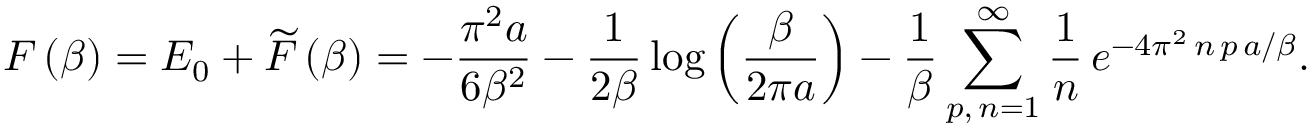
F \left( \beta \right) = E _ { 0 } + \widetilde { F } \left( \beta \right) = - \frac { \pi ^ { 2 } a } { 6 \beta ^ { 2 } } - \frac { 1 } { 2 \beta } \log \left( \frac { \beta } { 2 \pi a } \right) - \frac { 1 } { \beta } \sum _ { p , \, n = 1 } ^ { \infty } \frac { 1 } { n } \, e ^ { - 4 \pi ^ { 2 } \, n \, p \, a / \beta } .